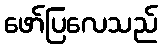
ဖော်ပြလေသည်